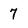
Character: 7